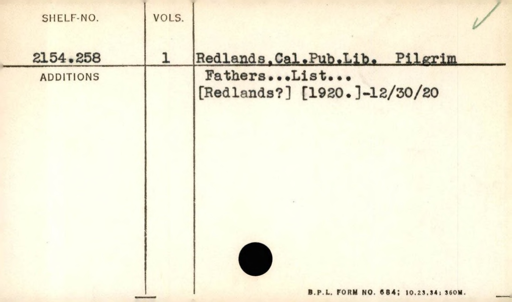
Label: content